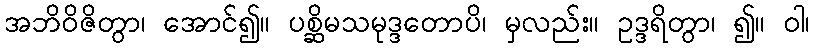
အဘိဝိဇိတွာ၊ အောင်၍။ ပစ္ဆိမသမုဒ္ဒတောပိ၊ မှလည်း။ ဥဒ္ဒရိတွာ၊ ၍။ ဝါ၊